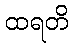
ထရတိ